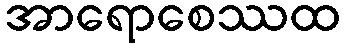
အာရောစေဿထ